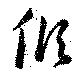
傾